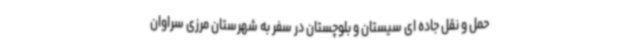
حمل و نقل جاده ای سیستان و بلوچستان در سفر به شهرستان مرزی سراوان